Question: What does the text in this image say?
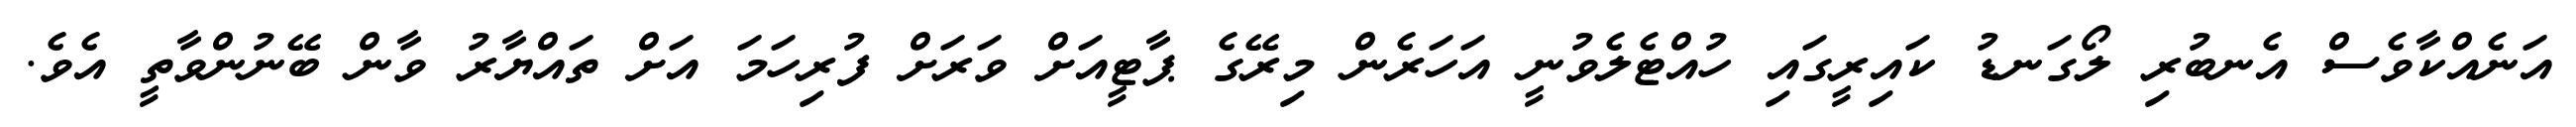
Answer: އަނެއްކާވެސް އެނބުރި ލޯގަނޑު ކައިރީގައި ހުއްޓެލެވުނީ އަހަރެން މިރޭގެ ޕާޓީއަށް ވަރަށް ފުރިހަމަ އަށް ތައްޔާރު ވާން ބޭނުންވާތީ އެވެ.